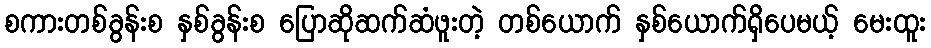
စကားတစ်ခွန်းစ နှစ်ခွန်းစ ပြောဆိုဆက်ဆံဖူးတဲ့ တစ်ယောက် နှစ်ယောက်ရှိပေမယ့် မေးထူး